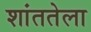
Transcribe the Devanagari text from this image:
शांततेला